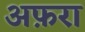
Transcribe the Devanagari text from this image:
अफ़रा